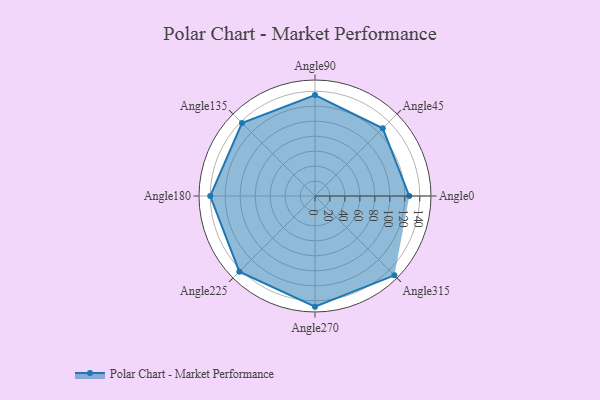
{"axis": {"x": "Angle", "y": "Radius"}, "legend": [""], "data": [{"x": "Angle0", "y": 126.0, "type": ""}, {"x": "Angle45", "y": 128.0, "type": ""}, {"x": "Angle90", "y": 135.0, "type": ""}, {"x": "Angle135", "y": 138.0, "type": ""}, {"x": "Angle180", "y": 140.0, "type": ""}, {"x": "Angle225", "y": 143.0, "type": ""}, {"x": "Angle270", "y": 148.0, "type": ""}, {"x": "Angle315", "y": 150.0, "type": ""}]}